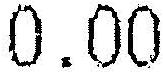
0.00